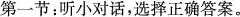
第一节:听小对话,选择正确答案.